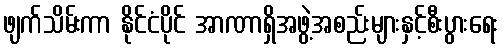
ဖျက်သိမ်းကာ နိုင်ငံပိုင် အာဏာရှိအဖွဲ့အစည်းများနှင့်စီးပွားရေး